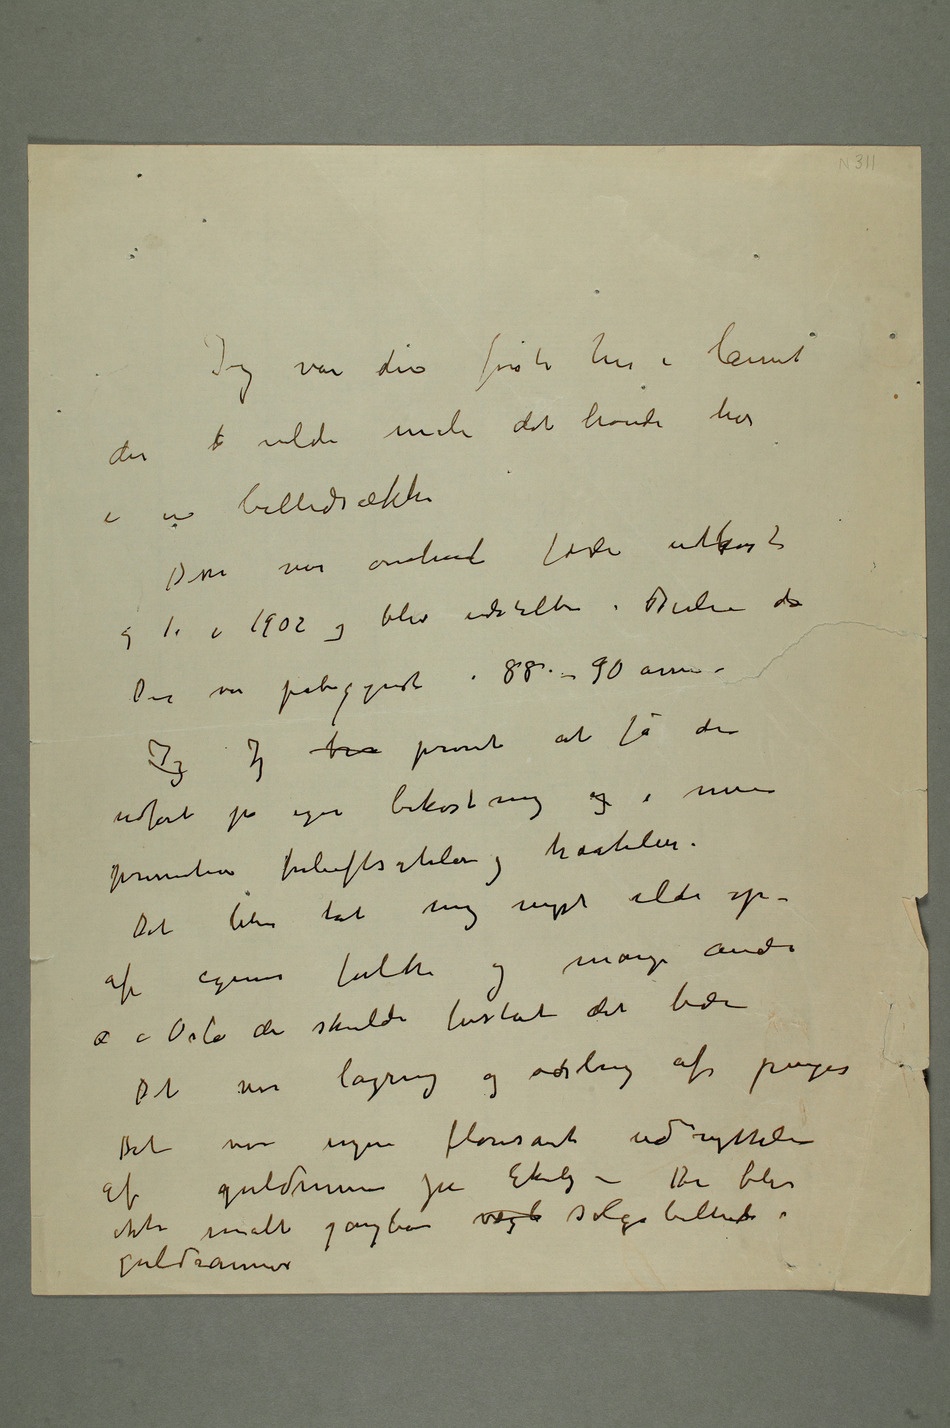
Jeg var den første her i lannet
der  vilde male det levende liv i en
billedrække
og 1. i 1902 og blev udstilte i Berlin da
Den var påbegyndt i 88-90 årene –
Jeg Jeg b prøvet at få den
udført på egen bekostning og i mine
primitive friluftsatelier og træatelier
– Det blev tat mig meget ilde op –
o i Oslo der skulde forståt det bedre
Det var lagring og ødsling af penger
Det var ingen florisant udnyttelse
af guldminen på Ekely – Der blev
ikke malt gangbare vægt salgsbilleder i
guldrammer